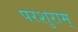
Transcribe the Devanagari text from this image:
परशुराम्